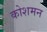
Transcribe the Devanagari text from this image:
कोशमन